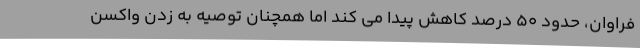
فراوان، حدود ۵۰ درصد کاهش پیدا می کند اما همچنان توصیه به زدن واکسن